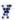
X